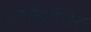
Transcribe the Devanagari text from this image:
इनकैंडीसेंट